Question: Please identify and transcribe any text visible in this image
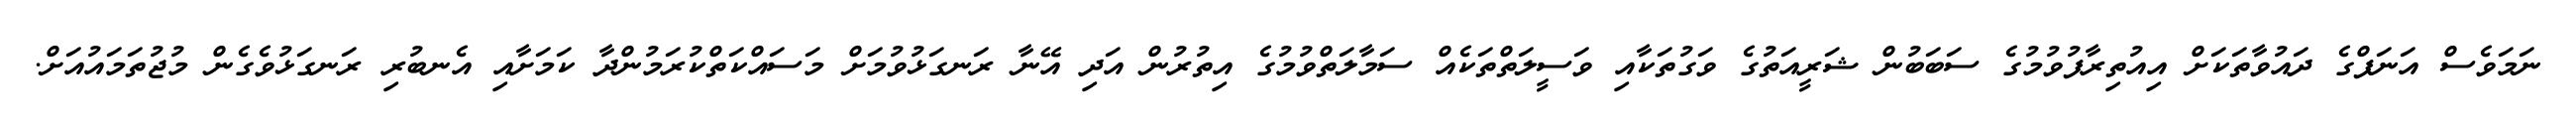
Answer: ނަމަވެސް އަނަފްގެ ދައުވާތަކަށް އިއުތިރާފުވުމުގެ ސަބަބުން ޝަރީއަތުގެ ވަގުތަކާއި ވަސީލަތްތަކެއް ސަމާލަތްވުމުގެ އިތުރުން އަދި އޭނާ ރަނގަޅުވުމަށް މަސައްކަތްކުރަމުންދާ ކަމަށާއި އެނބުރި ރަނގަޅުވެގެން މުޖުތަމައުއަށް.